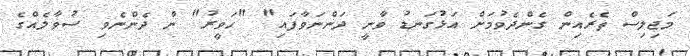
މަޖިލިސް ތެރެއިން ގެންދެވުމަށް އަޅުގަނޑު ވާނީ ދަންނަވާފައި" "ހަވީރު" ން ދެންނެވި ސުވާލެއްގެ